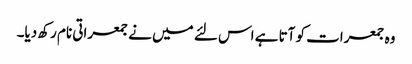
وہ جمعرات کو آتا ہے اس لئے میں نے جمعراتی نام رکھ دیا۔